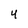
Character: 4